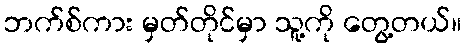
ဘက်စ်ကား မှတ်တိုင်မှာ သူ့ကို တွေ့တယ်။